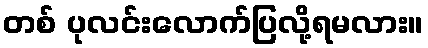
တစ် ပုလင်းလောက်ပြလို့ရမလား။